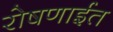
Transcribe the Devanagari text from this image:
रोषणाईत